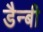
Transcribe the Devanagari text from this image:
डैन्बी